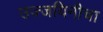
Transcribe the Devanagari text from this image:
उज्जयिनीचा